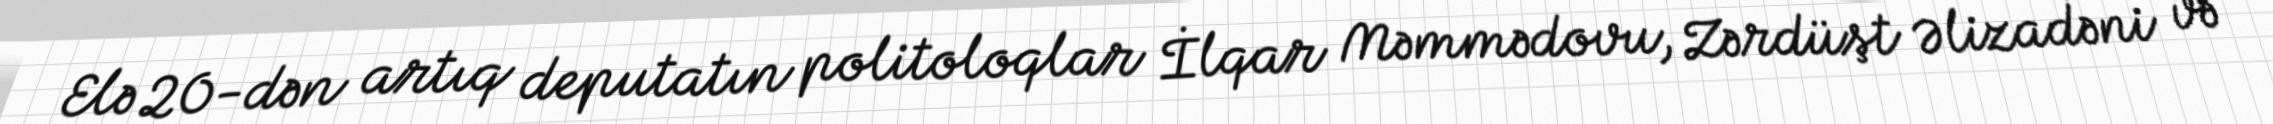
Elə 20-dən artıq deputatın politoloqlar İlqar Məmmədovu, Zərdüşt Əlizadəni və